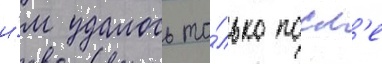
и́м удалось то́лько посл'е